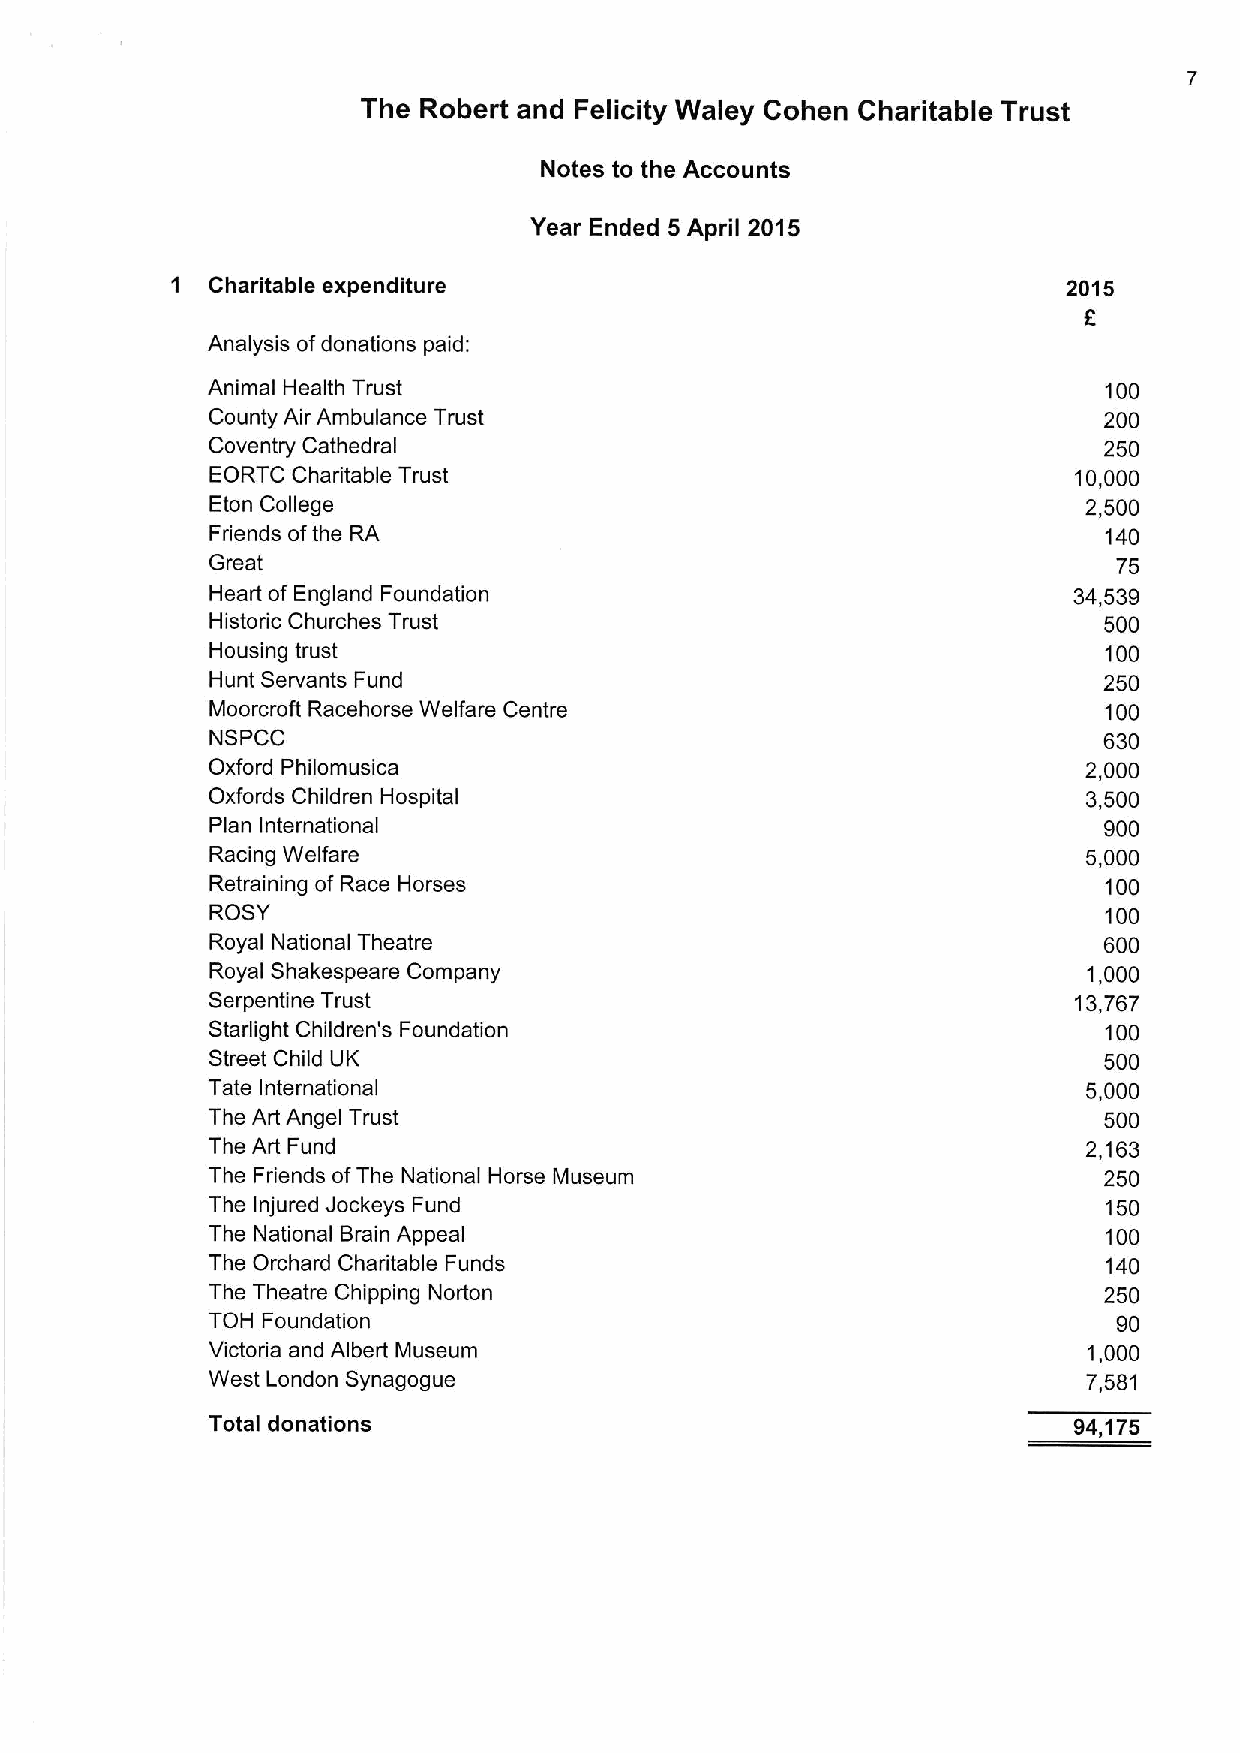
The Robert and Felicity Waley Cohen Charitable Trust
 Notes to the Accounts
 Year Ended 5 April 2015
 1  Charitable expenditure                                   2015
 r.
 Analysis ofdonations paid:
 Animal Health Trust                                        100
 County Air Ambulance Trust                                 200
 Coventry Cathedral                                         250
 EORTC Charitable Trust                                   10,000
 Eton College                                              2,500
 Friends ofthe RA                                           140
 Great                                                       75
 Heart of England Foundation                              34,539
 Historic Churches Trust                                    500
 Housing trust                                              100
 Hunt Servants Fund                                         250
 Moorcroft Racehorse Welfare Centre                         100
 NSPCC                                                      630
 Oxford Philomusica                                        2,000
 Oxfords Children Hospital                                 3,500
 Plan International                                         900
 Racing Welfare                                            5,000
 Retraining of Race Horses                                  100
 ROSY                                                       100
 Royal National Theatre                                     600
 Royal Shakespeare Company                                 1,000
 Serpentine Trust                                         13,767
 Starlight Children's Foundation                            100
 Street Child UK                                            500
 Tate International                                        5,000
 The Art Angel Trust                                        500
 The Art Fund                                              2,163
 The Friends ofThe National Horse Museum                    250
 The Injured Jockeys Fund                                   150
 The National Brain Appeal                                  100
 The Orchard Charitable Funds                               140
 The Theatre Chipping Norton                                250
 TOH Foundation                                              90
 Victoria and Albert Museum                                1,000
 West London Synagogue                                     7,581
 Total donations                                          94,175